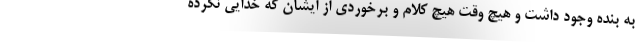
به بنده وجود داشت و هیچ وقت هیچ کلام و برخوردی از ایشان که خدایی نکرده